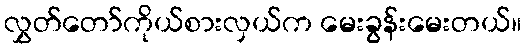
လွှတ်တော်ကိုယ်စားလှယ်က မေးခွန်းမေးတယ်။